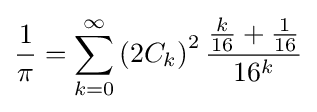
{\frac {1}{\pi }}=\sum _{k=0}^{\infty }\left(2C_{k}\right)^{2}{\frac {{\frac {k}{16}}+{\frac {1}{16}}}{16^{k}}}